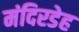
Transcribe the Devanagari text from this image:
मंदिरडेह